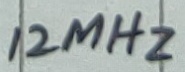
Text: 12MHz